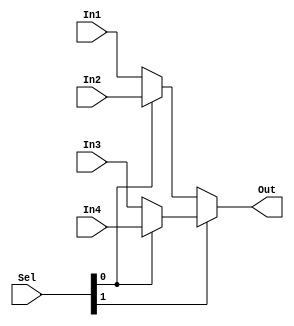
module Mux4x1  #(
	parameter W = 4
) (
	input 	wire [W-1:0] 	In1,
	input 	wire [W-1:0] 	In2,
	input 	wire [W-1:0] 	In3,
	input 	wire [W-1:0] 	In4,
	input 	wire [1:0]		Sel,
	output 	wire [W-1:0]	Out
);
	
	wire 	[W-1:0] temp1;
	wire 	[W-1:0] temp2;
	
	assign temp1	= Sel[0] ? In4 : In3;
	assign temp2	= Sel[0] ? In2 : In1;
	
	assign Out 		= Sel[1] ?  temp1 : temp2;

//always @ (*)
//	begin
//		case (Sel)
//			2'b00 : Out <= In1;
//			2'b01 : Out <= In2;
//			2'b10 : Out <= In3;
//			2'b11 : Out <= In4;
//		endcase
//	end

endmodule